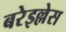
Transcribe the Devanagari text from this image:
बरेइल्लेस